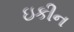
ઇકીન